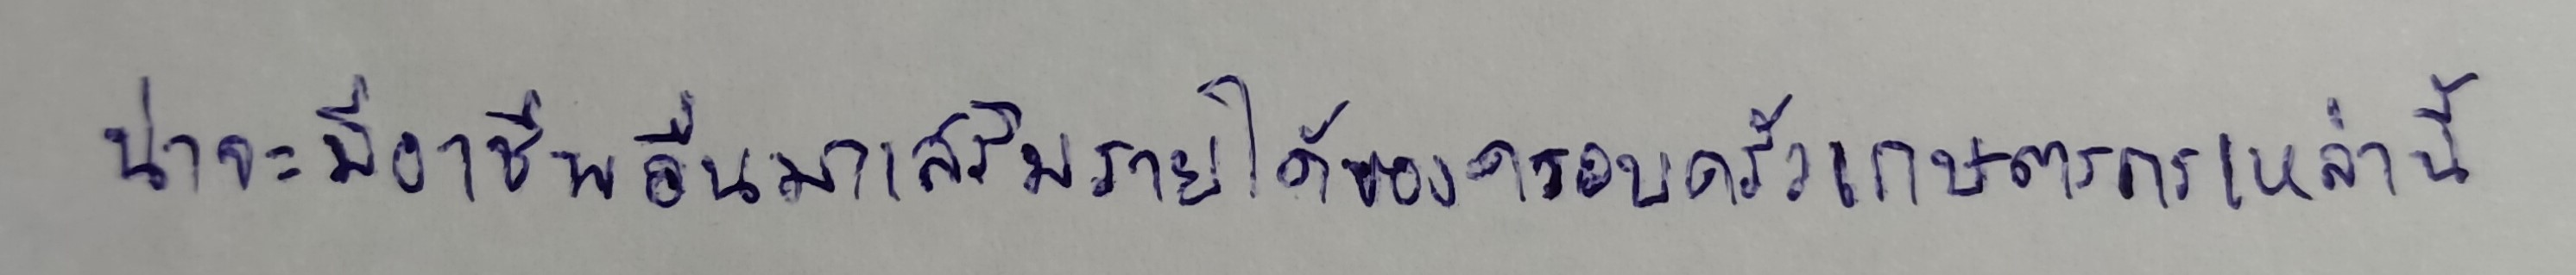
น่าจะมีอาชีพอื่นมาเสริมรายได้ของครอบครัวเกษตรกรเหล่านี้